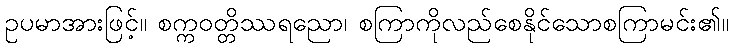
ဥပမာအားဖြင့်။ စက္ကဝတ္တိဿရညော၊ စကြာကိုလည်စေနိုင်သောစကြာမင်း၏။